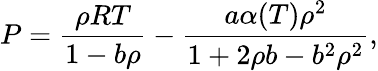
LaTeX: P=\frac{\rho RT}{1-b\rho}-\frac{a\alpha(T)\rho^{2}}{1+2\rho b-b^{2}\rho^{2}},